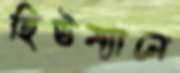
হিউম্যানে